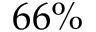
6 6 \%